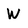
Character: W